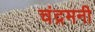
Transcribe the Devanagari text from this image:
चंद्रमनी